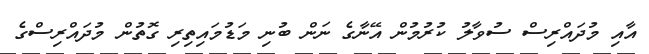
އާއި މުދައްރިސް ސުވާލު ކުރުމުން އޭނާގެ ނަން ބުނި މަޑުމައިތިރި ގޮތުން މުދައްރިސްގެ